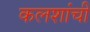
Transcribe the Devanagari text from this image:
कलशांची